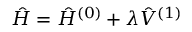
\hat { H } = \hat { H } ^ { ( 0 ) } + \lambda \hat { V } ^ { ( 1 ) }